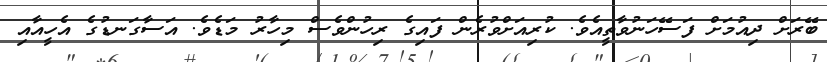
ބޭރަށް ދިއުމަށް ފަސޭހަނުވާތީއެވެ. ކުރިއަށްވުރެން ފައިގެ ރިހުންވެސް މިހާރު މަޑެވެ. އަސާގަނޑުގެ އެހީއާއި